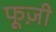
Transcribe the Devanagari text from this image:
फूज़ी